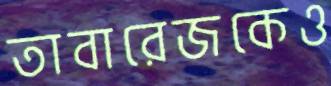
তাবারেজকেও